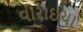
વીરાઇયા